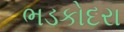
ભડકોદરા